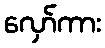
လှော်ကား